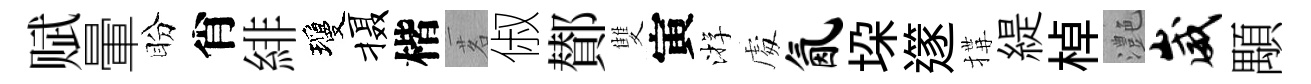
赋暈盼肖緋瓊摄楷茗俶鄼雙寅㳺䖏氤垜𨗹搆緹棹灔崴顒